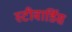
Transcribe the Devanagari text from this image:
स्‍टीवार्डिस